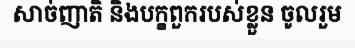
សាច់ញាតិ និងបក្ខពួករបស់ខ្លួន ចូលរួម